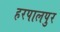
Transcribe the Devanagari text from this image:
हरपालपुर